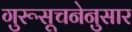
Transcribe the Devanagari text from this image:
गुरूसूचनेनुसार